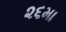
૨૬મા